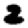
Digit: 2